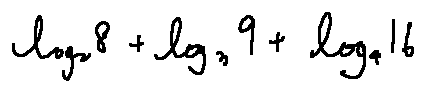
\log _ { 2 } 8 + \log _ { 3 } 9 + \log _ { 4 } 1 6